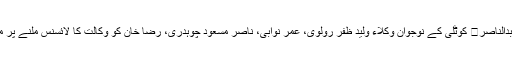
حافظ عبدالناصر	 کوٹلی کے نوجوان وکلاء ولید ظفر رولوی، عمر نوابی، ناصر مسعود چوہدری، رضا خان کو وکالت کا لائسنس ملنے پر مبارکباد